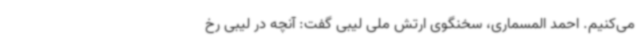
می‌کنیم. احمد المسماری، سخنگوی ارتش ملی لیبی گفت: آنچه در لیبی رخ